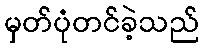
မှတ်ပုံတင်ခဲ့သည်